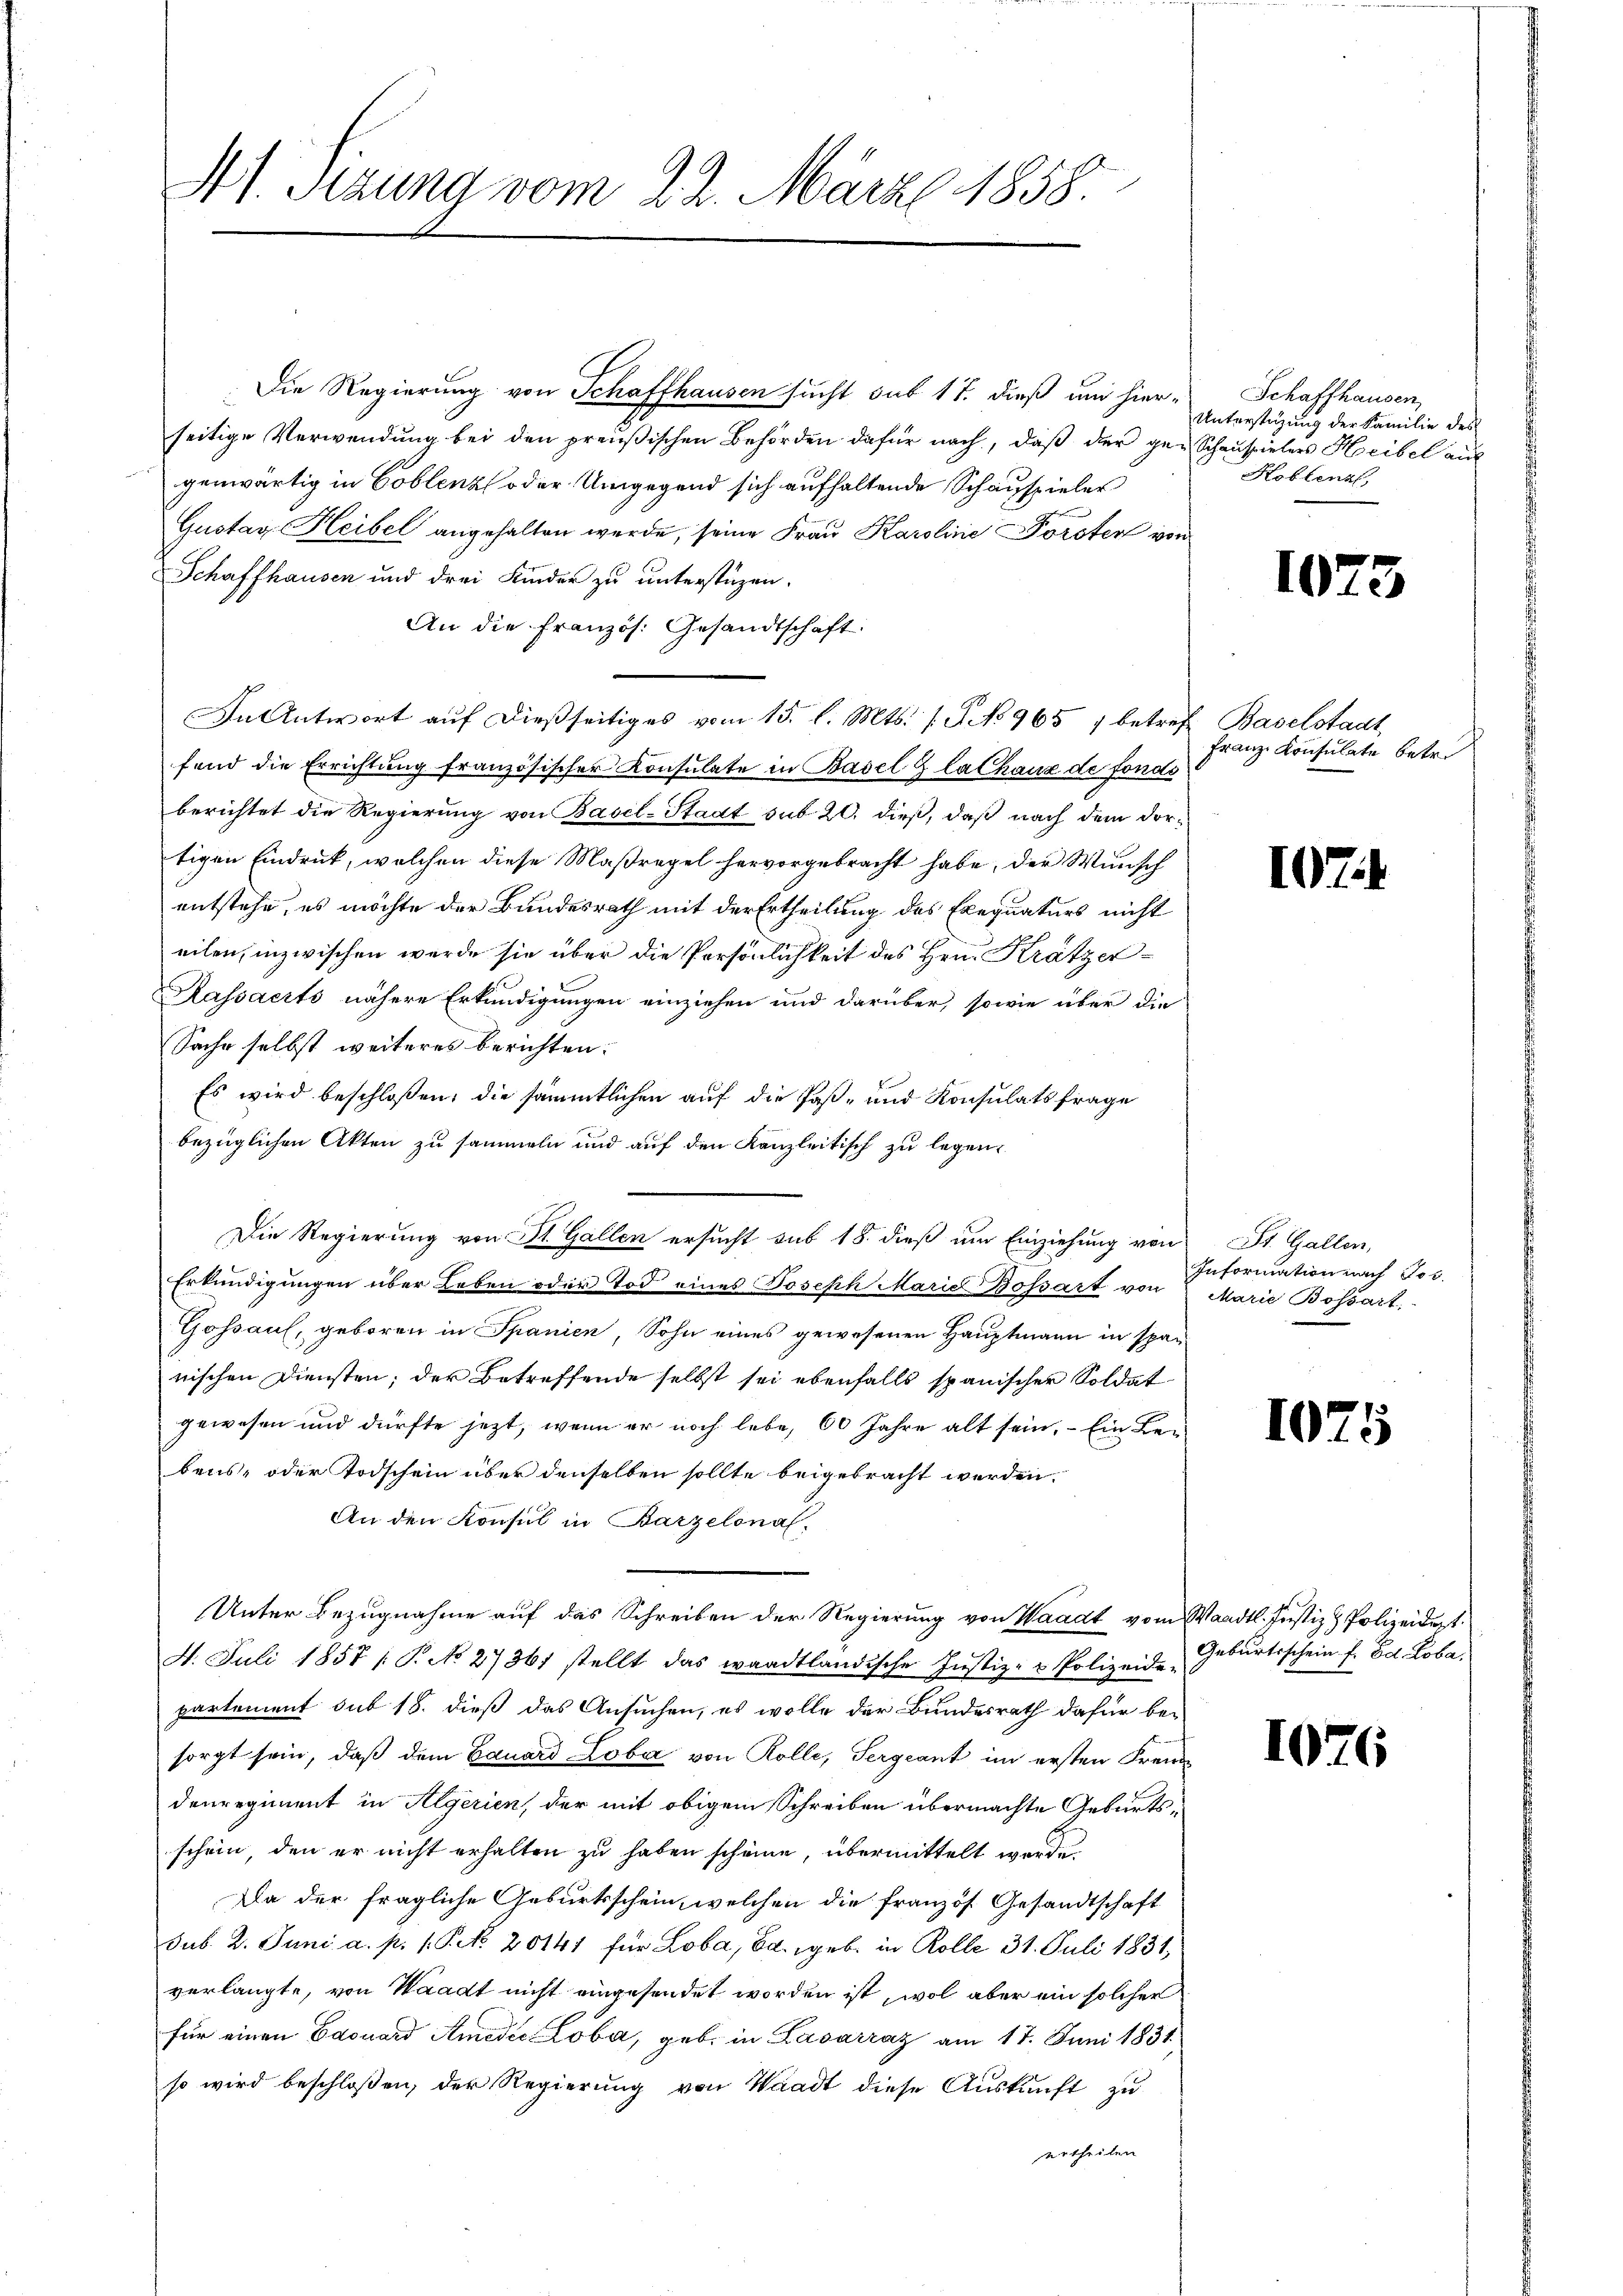
41. Sizung vom 22. März 1858.

Die Regierung von Schaffhausen sucht sub 17. dieß um hier-
seitige Verwendung bei den preußischen Behörden dafür nach, daß der gegenwärtig in Coblenz oder Umgegend sich aufhaltende Schauspieler
Gustav-Heibel angehalten werde, seine Frau Karoline Forster von
Schaffhausen und drei Kinder zu unterstützen.
An die Französ. Gesandtschaft:
In Antwort auf dießseitiges vom 15. l. Mts. (G No 965 1 betref Baselstadt,
fend die Errichtung französischer Konsulate in Basel & la Chaux de fonds
berichtet die Regierung von Basel-Stadt sub 20. dieß, daß nach dem dortigen Eindruck, welchen diese Maßregel hervorgebracht habe, der Wunsch
entstehe, es möchte der Bundesrath mit der Ertheilung des Exequaturs nicht
eilen, inzwischen werde sie über die Persönlichkeit des Hrn. Krätzer¬
Kassaerts nähere Erkundigungen einziehen und darüber, sowie über die
Sache selbst weiteres berichten.
Es wird beschloßen, die sämmtlichen auf die Paß- und Konsulats frage
bezüglichen Akten zu sammeln und auf den Kanzleitisch zu legen,
Die Regierung von St. Gallen ersucht sub 18. dieß um Einziehung von
Erkundigungen über Leben oder Tod eines Joseph Marie Bossart von
Gossaul, geboren in Spanien, Sohn eines gewesenen Hauptmann in spannischen Diensten; der Betreffende selbst sei ebenfalls spanischer Soldat
gewesen und dürfte jetzt, wenn er noch lebe, 60 Jahre alt sein. – Ein Bebens, oder Todschein über denselben sollte beigebracht werden.
An den Konsul in Barzelonal.
Unter Bezugnahme auf das Schreiben der Regierung von Waadt vom Waadt. Justiz & Polizeidert.
4. Juli 1857 / P. No 27361 stellt das waadtländische Justiz- & Polizeide-
partement sub 18. dieß das Ansuchen, es wolle der Bundesrath dafür be-
sorgt sein, daß dem Eduard Loba von Rolle, Sergeant im ersten Frem
denregiment in Algerien, der mit obigem Schreiben übermachte Geburtsschein, den er nicht erhalten zu haben scheine, übermittelt werde
Da der fragliche Geburtsschein, welchen die französ. Gesandtschaft
sub. 2. Juni a. p. 1. Petr. 20141 für Loba, Bd. geb. in Rolle 31. Juli 1831,
verlangte, von Waadt nicht eingesendet worden ist, wol aber ein solcher
für einen Edouard Amedii Loba, geb. in Lavarraz am 17. Juni 1831.
so wird beschloßen, der Regierung von Waadt diese Auskunft zu
urtheilen.

Schaffhausen,
Unterstüzung der Familie des
 Schauspielers Heibel auf
Koblenz,

102

Franz Konsulate betre

102

St. Gallen,
Information nach Jos.
Marie Bossart

I

Geburtsschein f. Ed. Loba.

1076

3